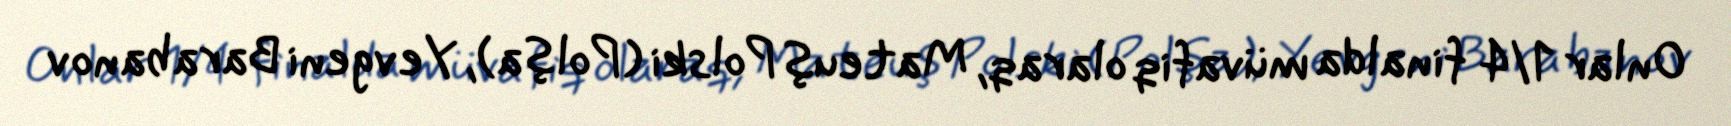
Onlar 1/4 finalda müvafiq olaraq, Mateuş Polski (Polşa), Yevgeni Barabanov